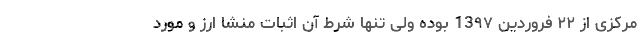
مرکزی از ۲۲ فروردین 13۹۷ بوده ولی تنها شرط آن اثبات منشا ارز و مورد